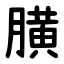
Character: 䐵